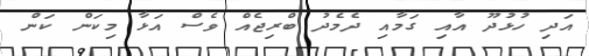
އަދި ހުޅުދޫ އާއި ގަމާއި ދެމެދު ބްރިޖެއް ވެސް އަޅާ މިކަން ކަން